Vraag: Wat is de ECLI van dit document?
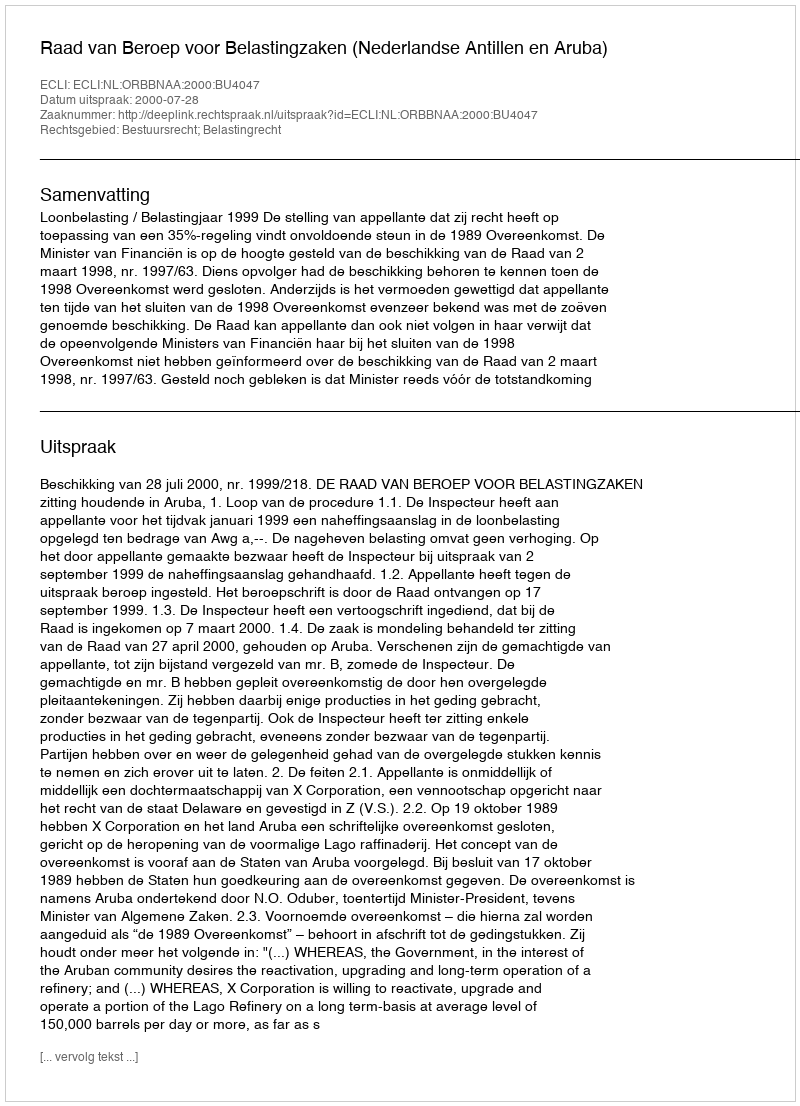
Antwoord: ECLI:NL:ORBBNAA:2000:BU4047